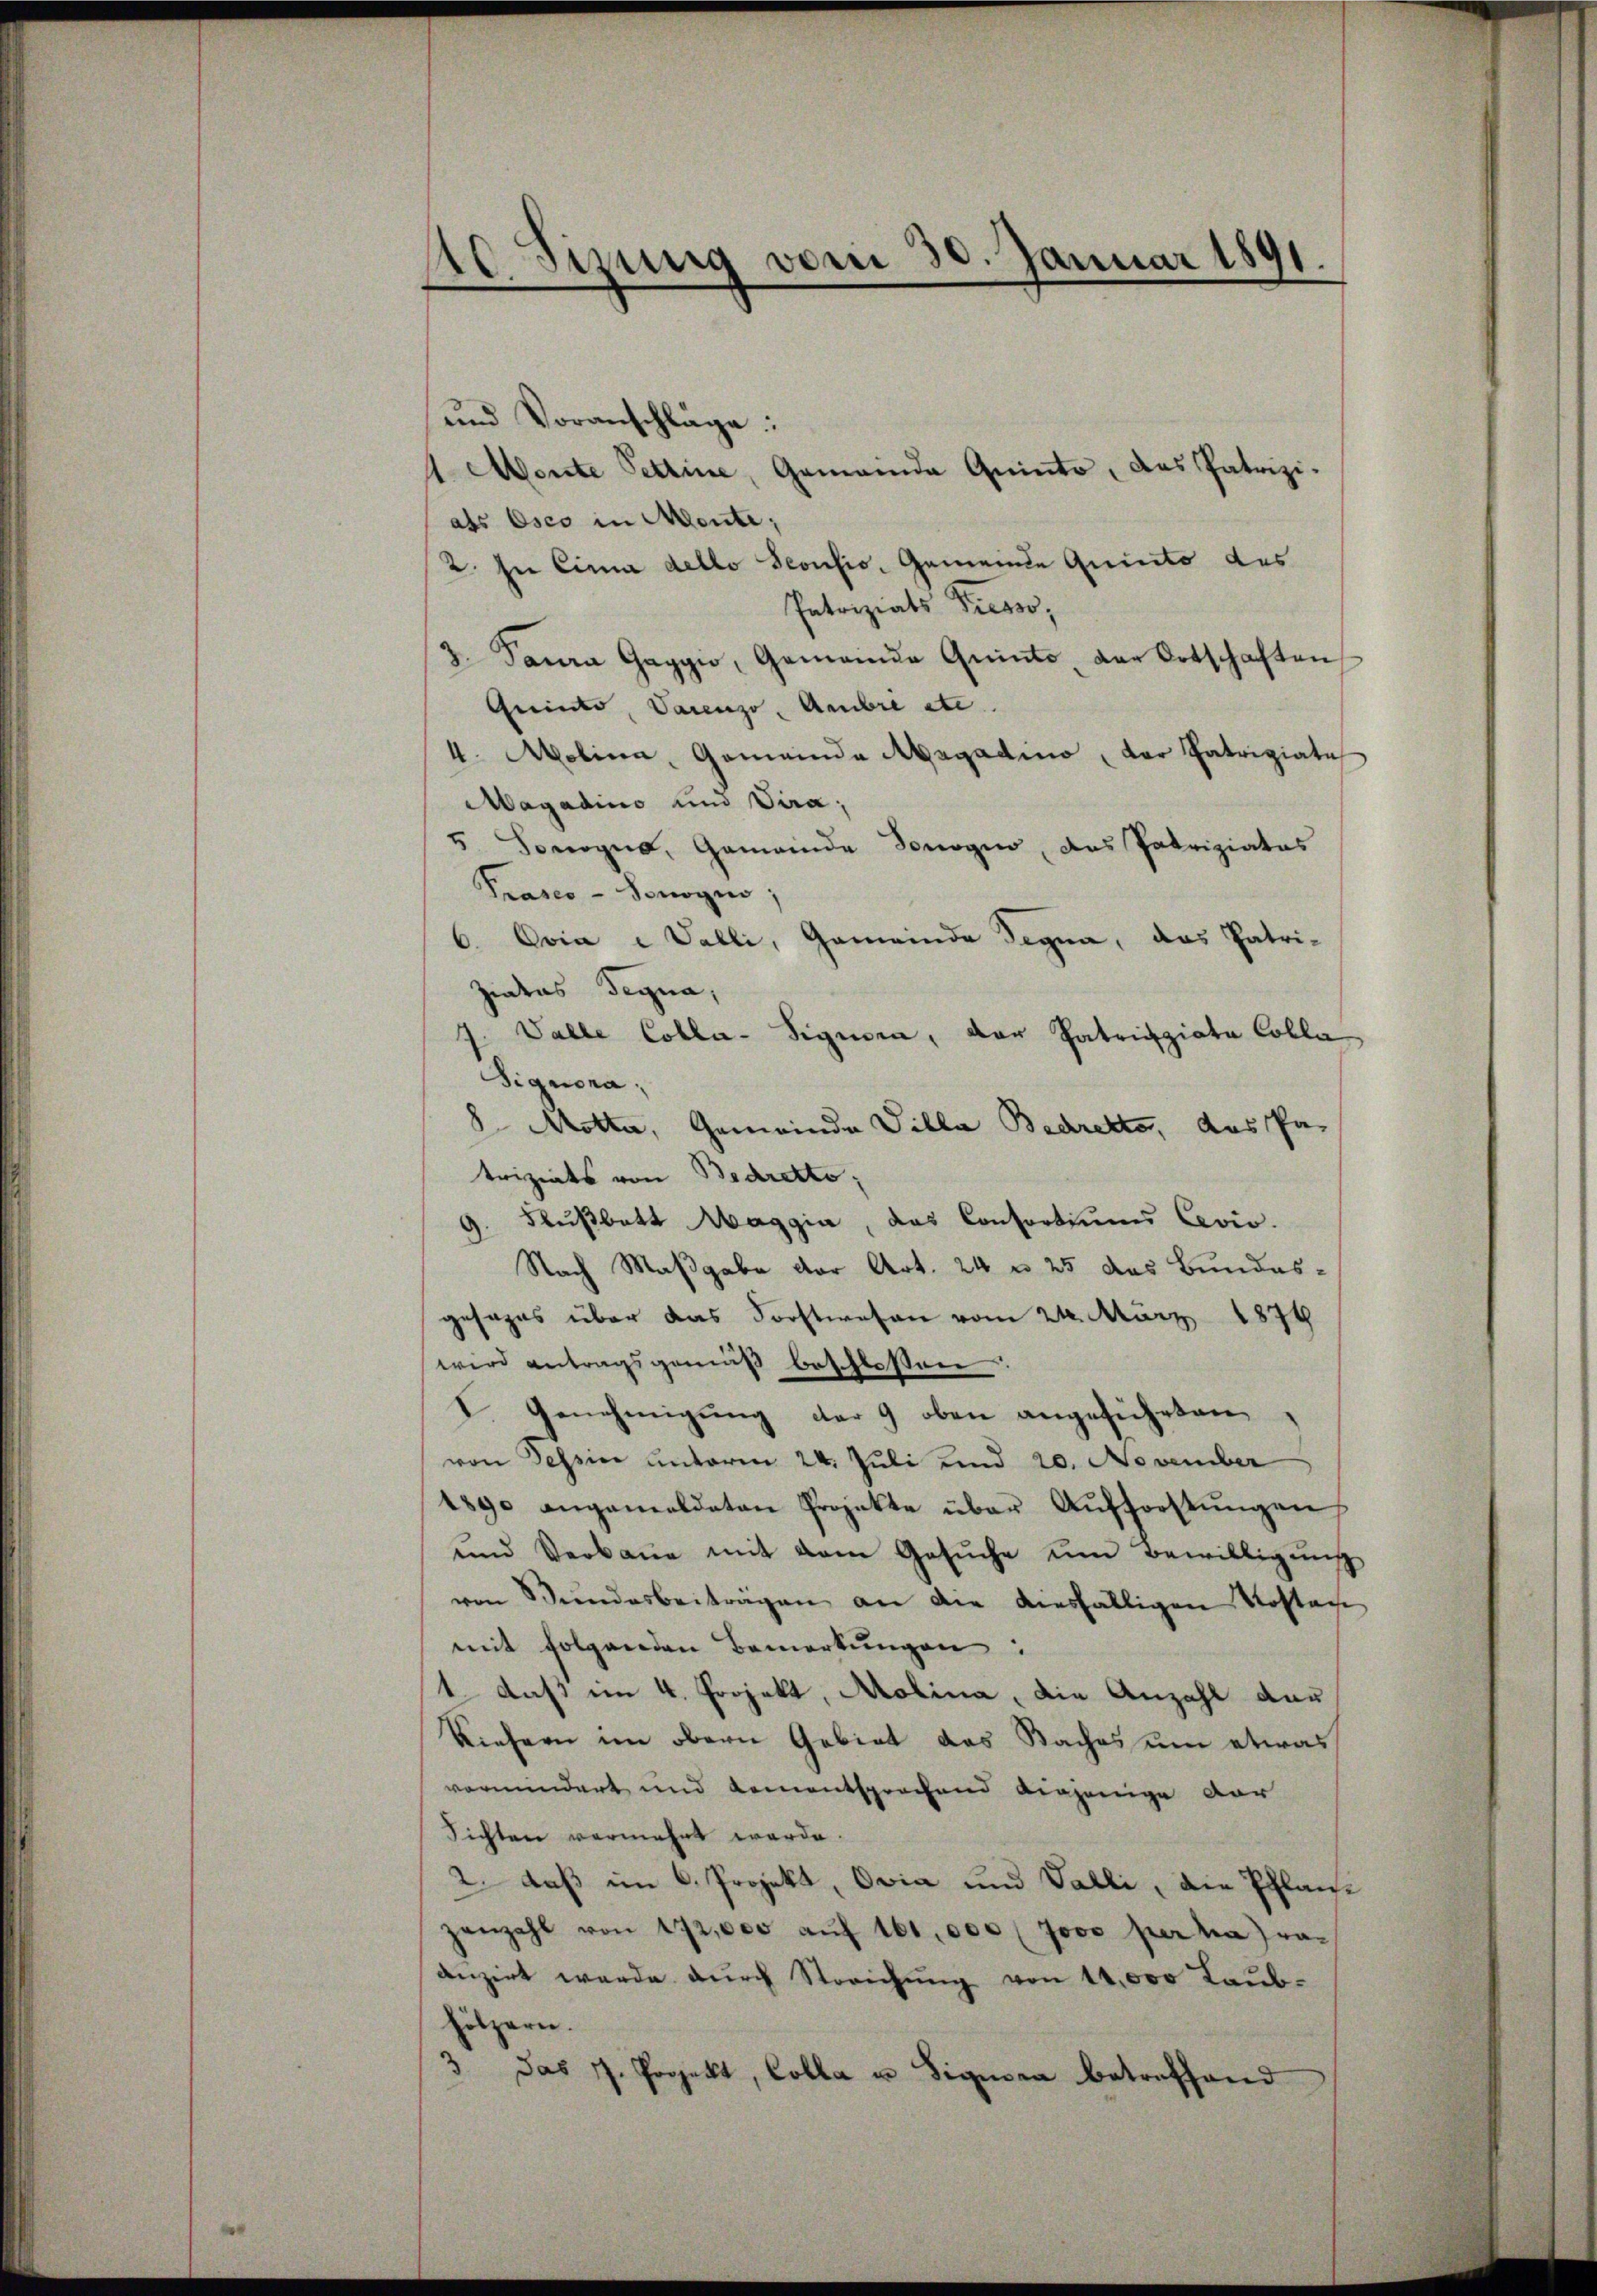
10 Sizung vom 30. Januar 1891.

und Voranschläge:
1 Monte Pettine, Gemeinde Quinto, das Patrizi-
als Osco in Monte;
2. In Einna dello Seonsis, Gemeinde Quinto des
Patriziats Presso,
3. Paura Gaggio, Gemeinde Quinte, der Ortschaften
Quinto, Varenzo, Ambre etc.
4. Molina, Gemeinde Absgadino, der Patriziate
Magadino und Vira,
5 Borogna, Gemeinde Sonogio, das Patriziatas
Prasco - Ponogio:
6. Evia i Valli, Gemeinde Begna, das Patri-
ziates Begna,
Valle Colla-Signen, der Patriziata Colla
Signora,
8 Motta, Gemeinde Villa Bedretto, das Pa-
triziats von Bedretto;
Flußbett Maggia, das Consortiums Cevio.
Nach Maßgabe der Art. 24 n 25 das Bundes-
gesages über das Forstwesen vom 24. März 1874
wird antragsgemäß beschlossen:
I Genehmigŭng der 9 oben angeführten
von Tessin unterm 24. Juli und 20. November
1890 angemeldeten Projekte über Aŭfforstŭngen
und Verbaŭe mit dem Gesŭche um Bewilligŭng
von Bŭndesbeiträgen an die diesfälligen Kostan
mit folgenden Bemerkungen:
1., daß im 4. Projekt, Molina, die Anzahl dar
Riefern im obern Gebiet das Baches um etwas
vermindert und kamentsprochend diejenige dar
Sichten vermehrt werde.
2. daß im C. Projekt, Ovia und Valli, die Pflanzenzahl von 472,000 aŭf 161, 000 (Jovo per naraanzirt werde durch Streichung von 14,000 Taubhölzern.
3.
das J. Projekt, Colla in Signora betreffend